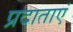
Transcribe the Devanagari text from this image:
प्रदाताएं